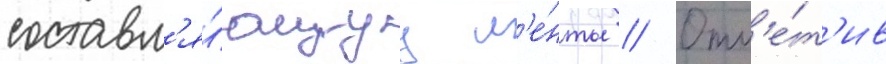
составл'я́ющуу л'е́нты // Отм'е́т'ив